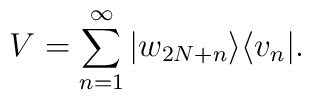
V=\sum_{n=1}^\infty |w_{2N+n}\rangle\langle v_n|.